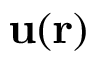
\mathbf { u ( r ) }